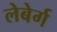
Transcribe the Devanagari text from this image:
लेबेर्ग